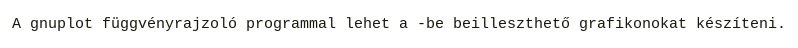
A gnuplot függvényrajzoló programmal lehet a -be beilleszthető grafikonokat készíteni.